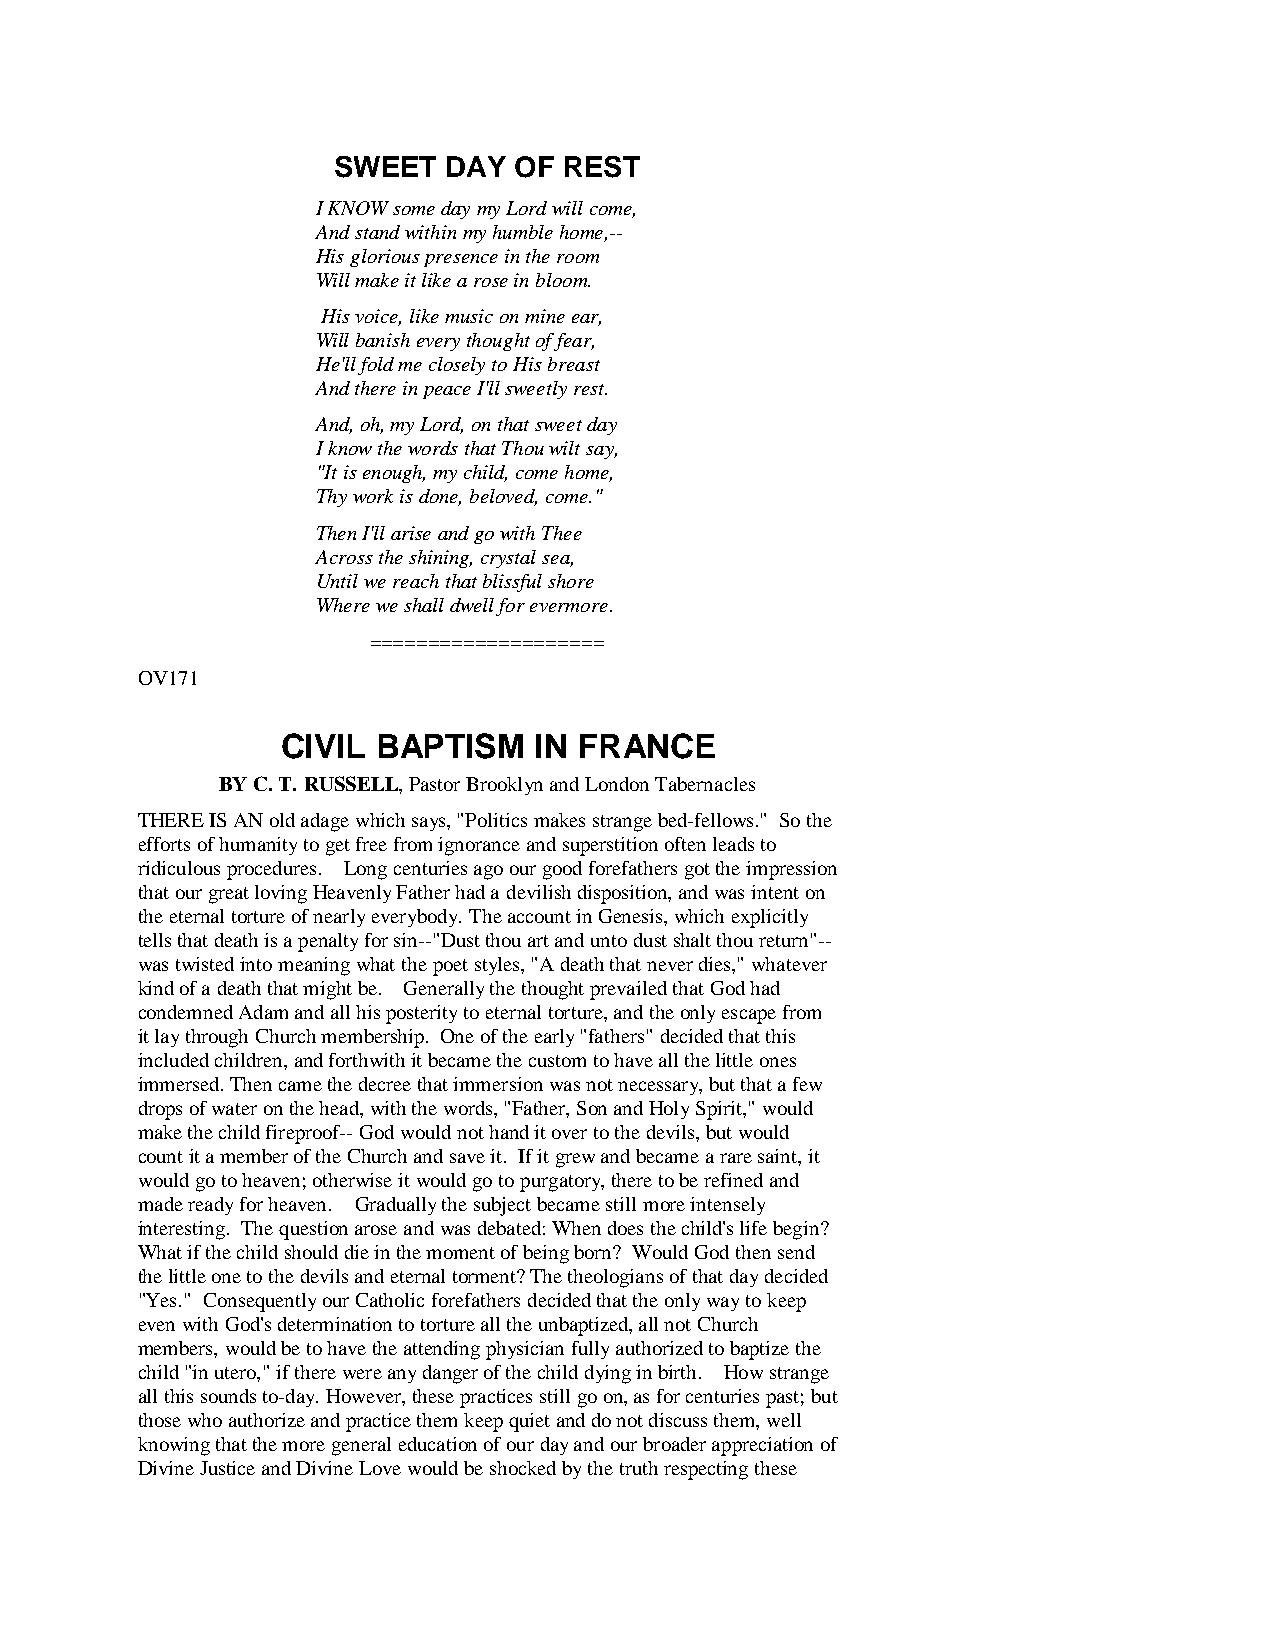
SWEET  DAY  OF REST
 I KNOW some day my Lord will come,
 And stand within my humble home,--
 His glorious presence in the room
 Will make it like a rose in bloom.
 His voice, like music on mine ear,
 Will banish every thought of fear,
 He'll fold me closely to His breast
 And there in peace I'll sweetly rest.
 And, oh, my Lord, on that sweet day
 I know the words that Thou wilt say,
 "It is enough, my child, come home,
 Thy work is done, beloved, come."
 Then I'll arise and go with Thee
 Across the shining, crystal sea,
 Until we reach that blissful shore
 Where we shall dwell for evermore.
 ====================
 OV171
 CIVIL BAPTISM   IN FRANCE
 BY C. T. RUSSELL, Pastor Brooklyn and London Tabernacles
 THERE IS AN old adage which says, "Politics makes strange bed-fellows." So the
 efforts of humanity to get free from ignorance and superstition often leads to
 ridiculous procedures. Long centuries ago our good forefathers got the impression
 that our great loving Heavenly Father had a devilish disposition, and was intent on
 the eternal torture of nearly everybody. The account in Genesis, which explicitly
 tells that death is a penalty for sin--"Dust thou art and unto dust shalt thou return"--
 was twisted into meaning what the poet styles, "A death that never dies," whatever
 kind of a death that might be. Generally the thought prevailed that God had
 condemned Adam and all his posterity to eternal torture, and the only escape from
 it lay through Church membership. One of the early "fathers" decided that this
 included children, and forthwith it became the custom to have all the little ones
 immersed. Then came the decree that immersion was not necessary, but that a few
 drops of water on the head, with the words, "Father, Son and Holy Spirit," would
 make the child fireproof-- God would not hand it over to the devils, but would
 count it a member of the Church and save it. If it grew and became a rare saint, it
 would go to heaven; otherwise it would go to purgatory, there to be refined and
 made ready for heaven. Gradually the subject became still more intensely
 interesting. The question arose and was debated: When does the child's life begin?
 What if the child should die in the moment of being born? Would God then send
 the little one to the devils and eternal torment? The theologians of that day decided
 "Yes." Consequently our Catholic forefathers decided that the only way to keep
 even with God's determination to torture all the unbaptized, all not Church
 members, would be to have the attending physician fully authorized to baptize the
 child "in utero," if there were any danger of the child dying in birth. How strange
 all this sounds to-day. However, these practices still go on, as for centuries past; but
 those who authorize and practice them keep quiet and do not discuss them, well
 knowing that the more general education of our day and our broader appreciation of
 Divine Justice and Divine Love would be shocked by the truth respecting these